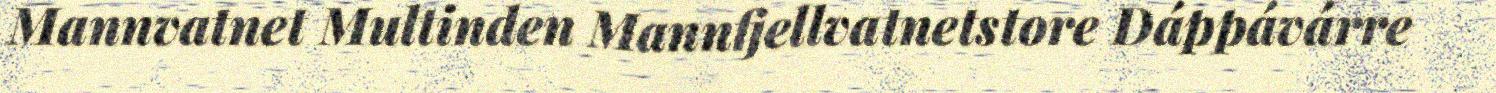
Mannvatnet Multinden Mannfjellvatnetstore Dáppávárre